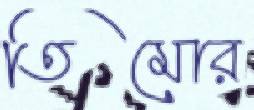
তিমোর